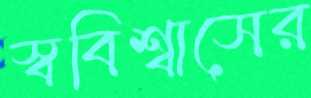
স্ববিশ্বাসের